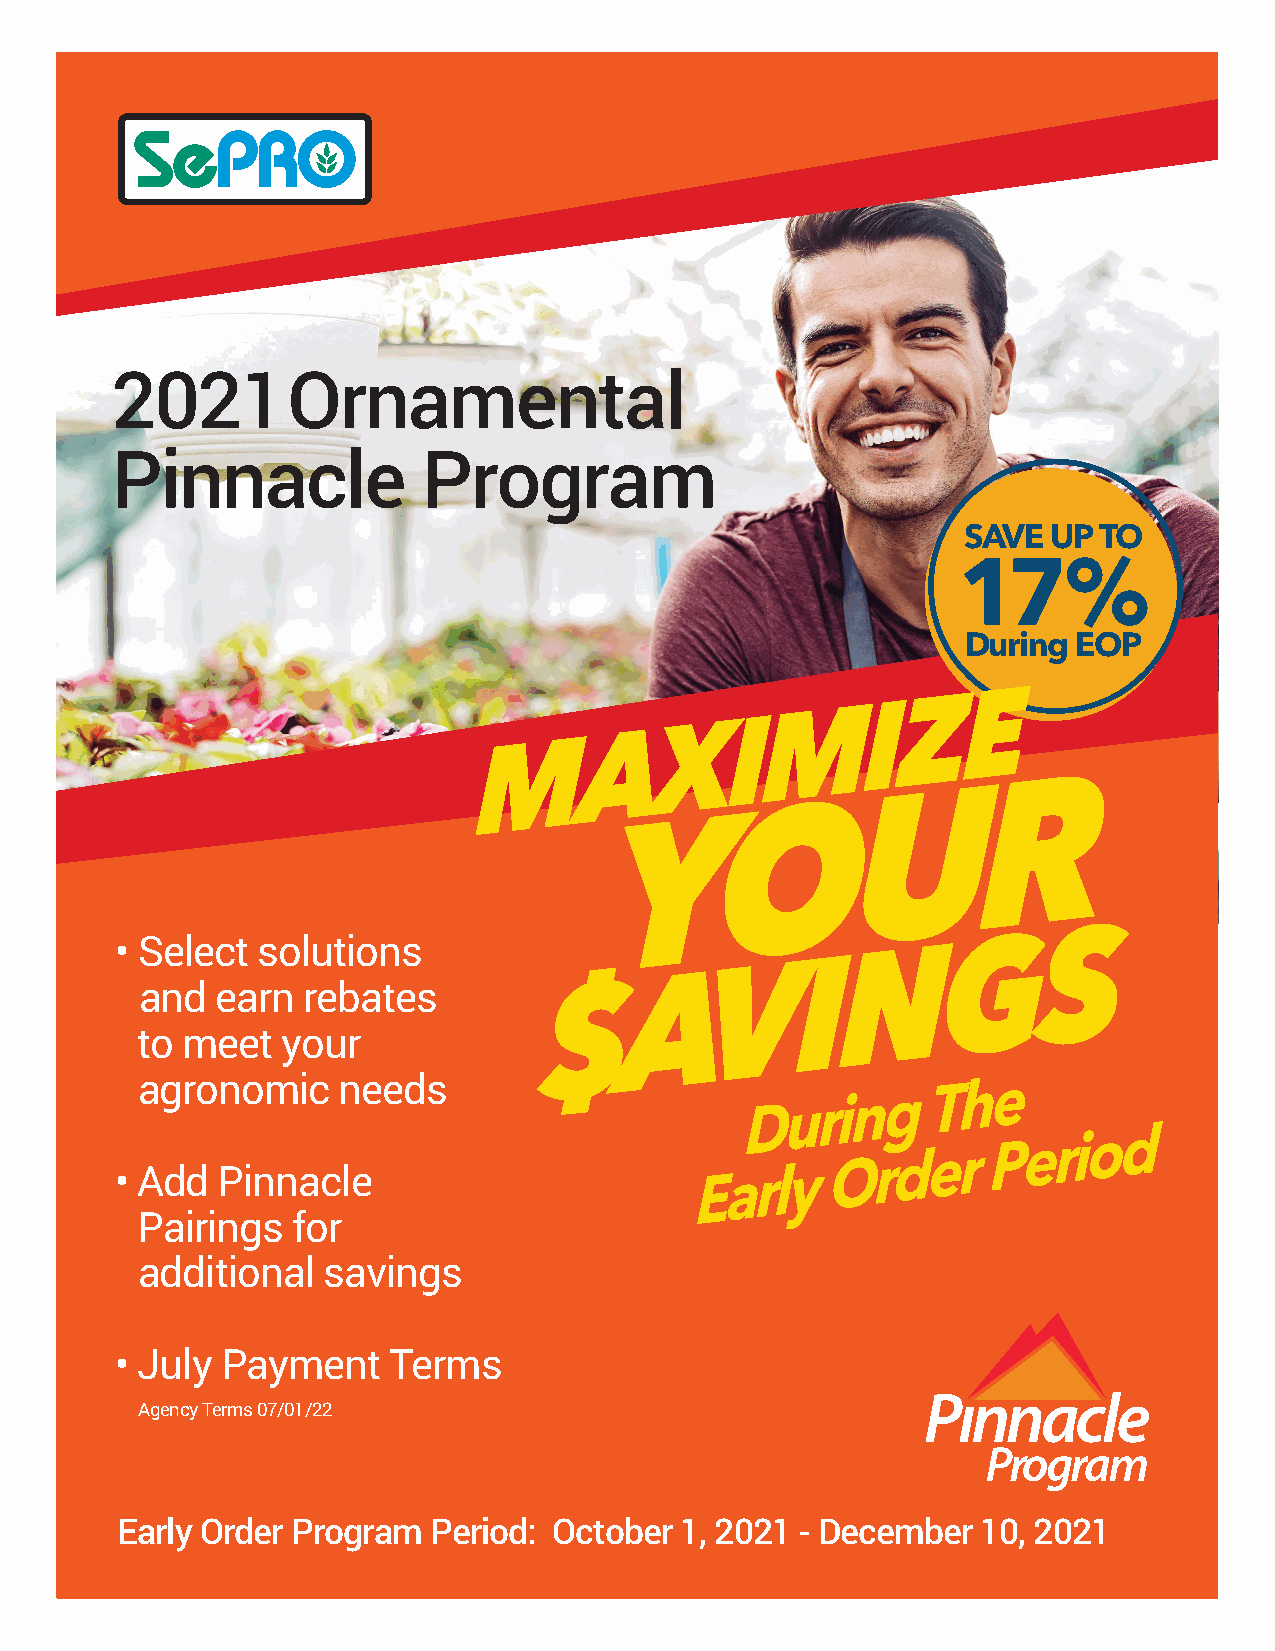
2021        Ornamental
 Pinnacle             Program
 SAVE UP  TO
 17%
 During EOP
 • Select solutions
 and  earn  rebates
 to meet   your
 agronomic    needs
 • Add Pinnacle
 Pairings  for
 additional  savings
 • July Payment    Terms
 Agency Terms 07/01/22
 Early Order Program Period:  October 1, 2021 - December  10, 2021
 M
 S
 A
 YA
 X
 E
 V
 O
 I
 a
 D
 M
 r l
 uy
 I
 r
 O
 N
 i
 U
 n
 I
 r
 g
 Z
 d
 Te
 G
 E
 hr
 R
 eP
 e
 S
 r i o d